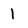
Character: 1